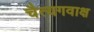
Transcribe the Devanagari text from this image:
चैत्यगवाक्ष